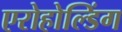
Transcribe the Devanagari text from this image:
एरोहोल्डिंग